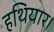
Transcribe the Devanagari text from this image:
हथियार।